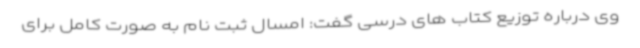
وی درباره توزیع کتاب های درسی گفت: امسال ثبت نام به صورت کامل برای